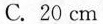
C.20cm